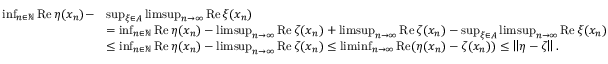
\begin{array} { r l } { \operatorname* { i n f } _ { n \in \mathbb N } \operatorname { R e } \eta ( x _ { n } ) - } & { \operatorname* { s u p } _ { \xi \in A } \operatorname* { l i m s u p } _ { n \to \infty } \operatorname { R e } \xi ( x _ { n } ) } \\ & { = \operatorname* { i n f } _ { n \in \mathbb N } \operatorname { R e } \eta ( x _ { n } ) - \operatorname* { l i m s u p } _ { n \to \infty } \operatorname { R e } \zeta ( x _ { n } ) + \operatorname* { l i m s u p } _ { n \to \infty } \operatorname { R e } \zeta ( x _ { n } ) - \operatorname* { s u p } _ { \xi \in A } \operatorname* { l i m s u p } _ { n \to \infty } \operatorname { R e } \xi ( x _ { n } ) } \\ & { \le \operatorname* { i n f } _ { n \in \mathbb N } \operatorname { R e } \eta ( x _ { n } ) - \operatorname* { l i m s u p } _ { n \to \infty } \operatorname { R e } \zeta ( x _ { n } ) \le \operatorname* { l i m i n f } _ { n \to \infty } \operatorname { R e } ( \eta ( x _ { n } ) - \zeta ( x _ { n } ) ) \le \left\| \eta - \zeta \right\| . } \end{array}